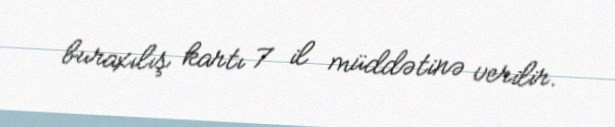
buraxılış kartı 7 il müddətinə verilir.